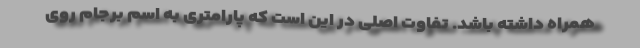
همراه داشته باشد. تفاوت اصلی در این است که پارامتری به اسم برجام روی